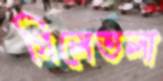
গিলেতলা